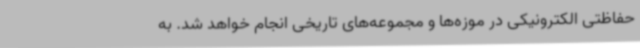
حفاظتی الکترونیکی در موزه‌ها و مجموعه‌های تاریخی انجام خواهد شد. به